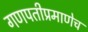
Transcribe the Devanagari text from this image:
गणपतीप्रमाणेच